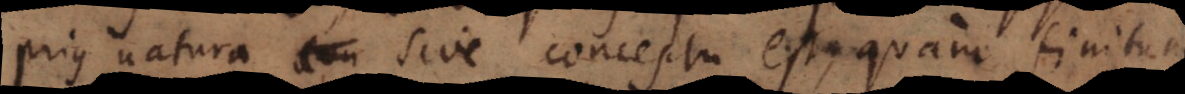
prius natura sive conceptu est, quam finitum,